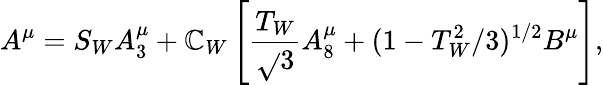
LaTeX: A^{\mu}=S_{W}A_{3}^{\mu}+\mathbb{C}_{W}\left[\frac{{T_{W}}}{{\sqrt{}{{3}}}}A_{8}^{\mu}+(1-T_{W}^{2}/3)^{1/2}B^{\mu}\right],